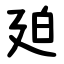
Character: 廹